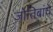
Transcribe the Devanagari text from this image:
जोतिबांचे